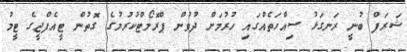
ޝަރަފް ބުނީ ރަނގަޅު ސިއްހަތެއްގައި ހުރުމަށް ދުވުން ޕްރޮމޯޓްކުރުމުގެ ގޮތުން ޓީއެފްޖީގެ ޓީމު